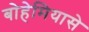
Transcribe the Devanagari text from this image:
बोहेमियासे